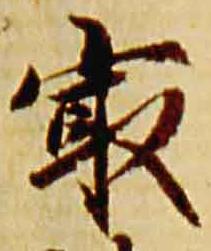
最